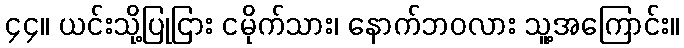
၄၄။ ယင်းသို့ပြုငြား ငမိုက်သား၊ နောက်ဘဝလား သူ့အကြောင်း။